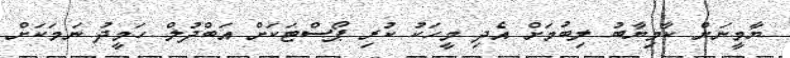
ޔާމީނަށް ކާމިޔާބު ލިބުމަށް އެދި މީހަކު ކުރި ޕޯސްޓަކަށް އަބްދުލް ހަމީދު ނަމަކަށް